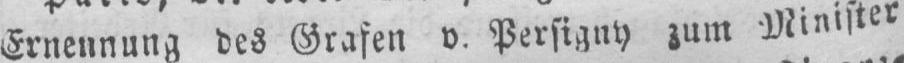
Ernennung des Grafen v. Persigny zum Minister